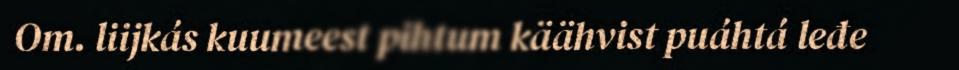
Om. liijkás kuumeest pihtum käähvist puáhtá leđe